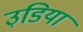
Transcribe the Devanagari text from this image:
उडि़या